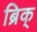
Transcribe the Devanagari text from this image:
ब्रिक्